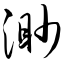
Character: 渺